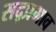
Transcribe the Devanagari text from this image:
सद्प्रभाव